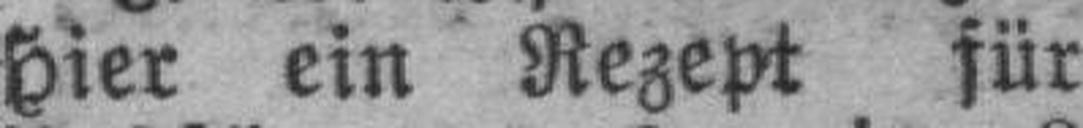
Hier ein Rezept für